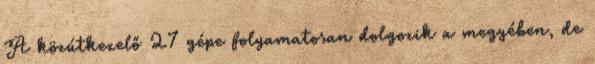
A közútkezelő 27 gépe folyamatosan dolgozik a megyében, de